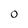
Character: O